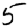
Digit: 5